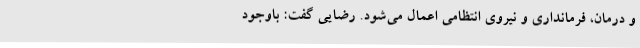
و درمان، فرمانداری و نیروی انتظامی اعمال می‌شود. رضایی گفت: باوجود